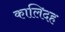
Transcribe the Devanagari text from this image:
कालिदह